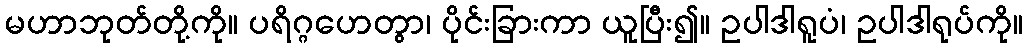
မဟာဘုတ်တို့ကို။ ပရိဂ္ဂဟေတွာ၊ ပိုင်းခြားကာ ယူပြီး၍။ ဥပါဒါရူပံ၊ ဥပါဒါရုပ်ကို။